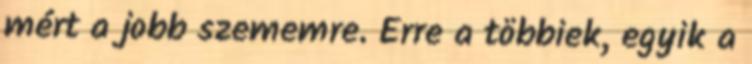
mért a jobb szememre. Erre a többiek, egyik a